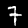
Digit: 7